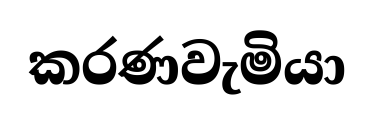
කරණවැමියා